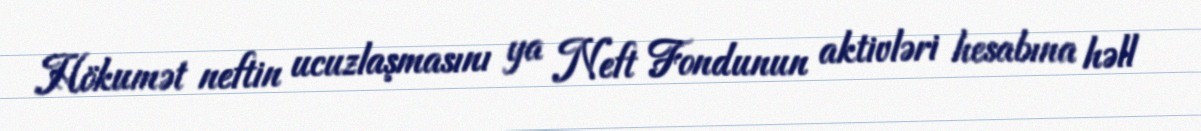
Hökumət neftin ucuzlaşmasını ya Neft Fondunun aktivləri hesabına həll